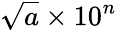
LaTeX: {\sqrt{a}}\times 10^{n}